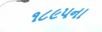
૧૮૯૫ના